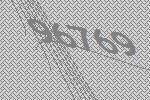
96769